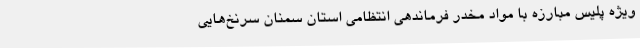
ویژه پلیس مبارزه با مواد مخدر فرماندهی انتظامی استان سمنان سرنخ‌هایی